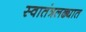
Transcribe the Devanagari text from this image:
स्वातंत्रलढ्यात